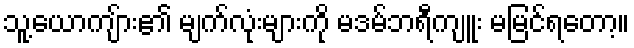
သူ့ယောကျ်ား၏ မျက်လုံးများကို မဒမ်ဘရီကျူး မမြင်ရတော့။